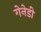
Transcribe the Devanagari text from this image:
गेनेडी